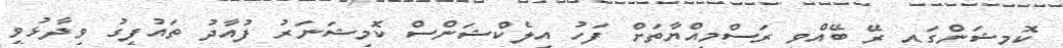
ކޮމިޝަންގައި ރޭ ބޭއްވި ރަސްމިއްޔާތަށް ފަހު އިލެކްޝަންސް ކޮމިޝަނަރު ފުއާދު ތައުފީގު ވިދާޅުވީ